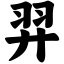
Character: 羿